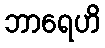
ဘာရေဟိ